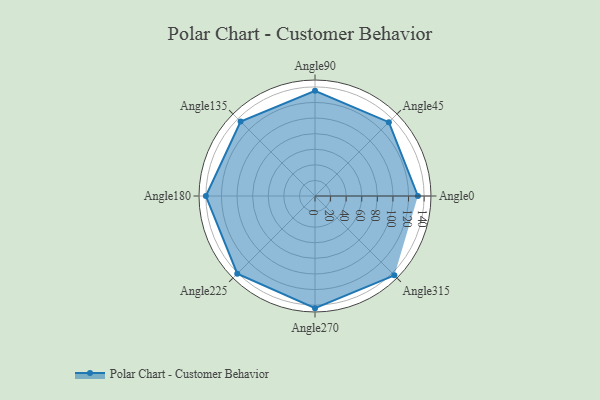
{"axis": {"x": "Angle", "y": "Radius"}, "legend": [""], "data": [{"x": "Angle0", "y": 132.0, "type": ""}, {"x": "Angle45", "y": 134.0, "type": ""}, {"x": "Angle90", "y": 135.0, "type": ""}, {"x": "Angle135", "y": 135.0, "type": ""}, {"x": "Angle180", "y": 140.0, "type": ""}, {"x": "Angle225", "y": 141.0, "type": ""}, {"x": "Angle270", "y": 144.0, "type": ""}, {"x": "Angle315", "y": 144.0, "type": ""}]}